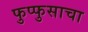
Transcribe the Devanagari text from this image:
फुप्फुसाचा